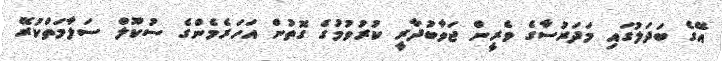
އޭގެ ބަދަލުގައި މަދަރުސާގެ ވެރީން ޖަވާބުދާރީ ކުރުވުމުގެ ގޮތުން އަހަރެމެންގެ ސުކޫލް ސަލާމަތްކުރޭ